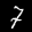
Label: 7